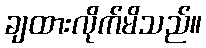
ချထားလိုက်မိသည်။